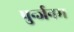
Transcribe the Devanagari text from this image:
पुर्न्जनम